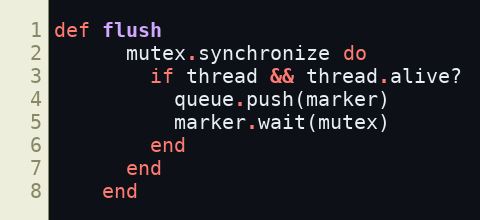
Language: Ruby
def flush
      mutex.synchronize do
        if thread && thread.alive?
          queue.push(marker)
          marker.wait(mutex)
        end
      end
    end